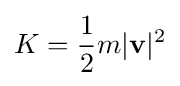
K={\dfrac {1}{2}}m|\mathbf {v} |^{2}